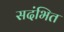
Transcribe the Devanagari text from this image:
सदंभित